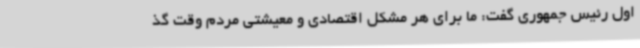
اول رئیس جمهوری گفت: ما برای هر مشکل اقتصادی و معیشتی مردم وقت گذ